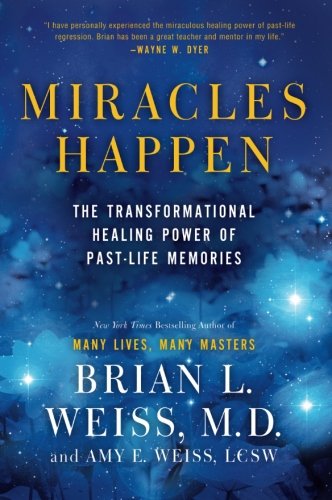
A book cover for Miracles Happen: The Transformational Healing Power of Past-Life Memories; Brian L. Weiss; Medical Books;